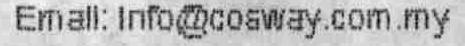
EMAIL: INFO@COSWAY.COM.MY